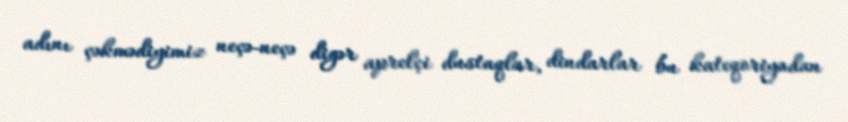
adını çəkmədiyimiz neçə-neçə digər aprelçi dustaqlar, dindarlar bu kateqoriyadan